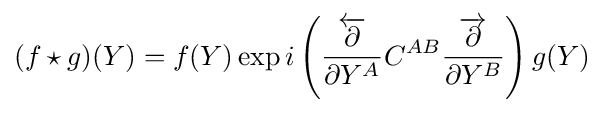
(f\star g)(Y)=f(Y)\exp i\left({{\frac {\overleftarrow {\partial }}{\partial Y^{A}}}C^{AB}{\frac {\overrightarrow {\partial }}{\partial Y^{B}}}}\right)g(Y)